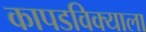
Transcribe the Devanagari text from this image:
कापडविक्याला